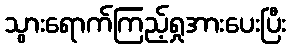
သွားရောက်ကြည့်ရှုအားပေးပြီး